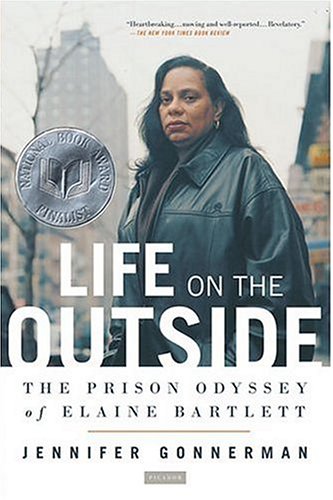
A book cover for Life on the Outside: The Prison Odyssey of Elaine Bartlett; Jennifer Gonnerman; Politics & Social Sciences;